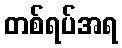
တစ်ရပ်အရ